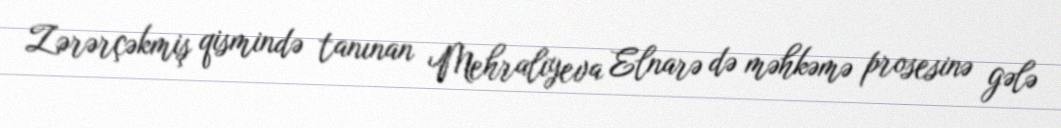
Zərərçəkmiş qismində tanınan Mehralıyeva Elnarə də məhkəmə prosesinə gələ